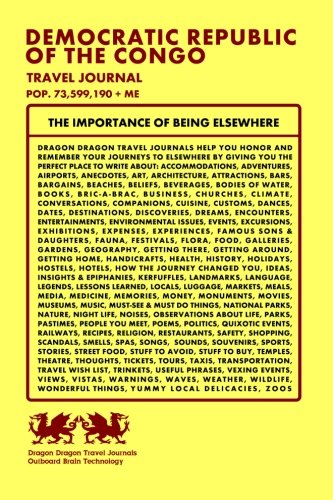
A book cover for Democratic Republic of the Congo Travel Journal, Pop. 73,599,190 + Me; Dragon Dragon Travel Journals; Travel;